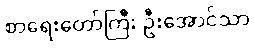
စာရေးတော်ကြီး ဦးအောင်သာ